Leaving Certificate Examination, 1921
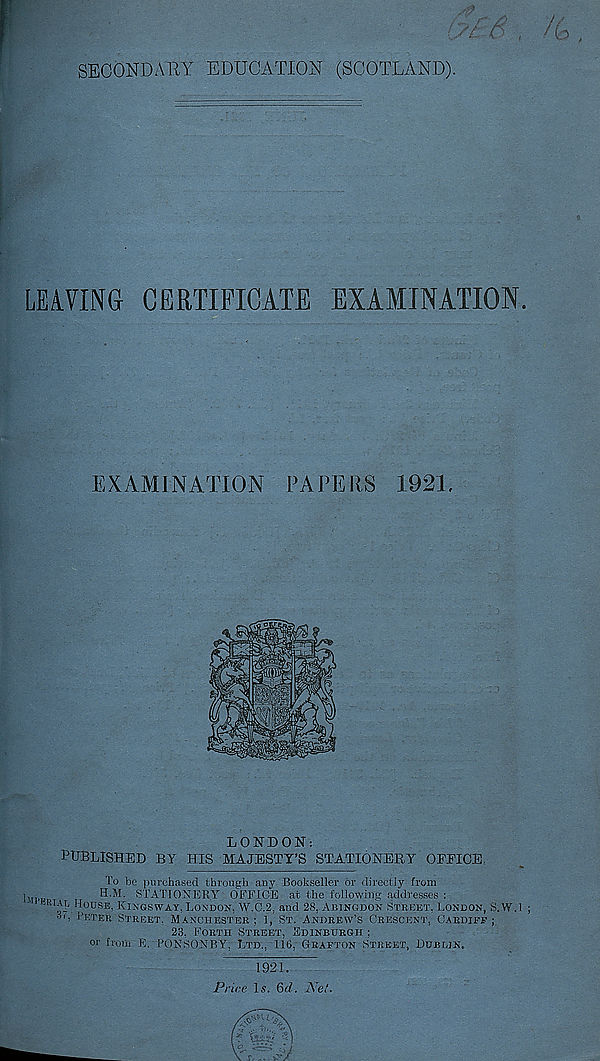
SECONDARY EDUCATION (SCOTLAND).
LEAVING CERTIFICATE EXAMINATION.
EXAMINATION PAPERS 1921,
LONDON:
PUBLISHED BY HIS MAJESTY’S STATIONERY OFEIOE,
To be purchased through any Bookseller or directly from
),
H.M. STATIONERY OFFICE at the following addresses :
-RIAL HOUSE, KISGSWAY. LONDON, W.C.2, and 28, ABINGDON STREET, LONDON, S.W.l
“L
STREET, MANCHESTER; 1, ST. ANDREW’S CRESCENT, CARDIFF;
23, FORTH STREET, SDINBURGH ;
or from E. POKSONBY, LTD., 116, GRAFTON STREET, DUBLIN,
1921.
Price 1 x. 6rf. Net.